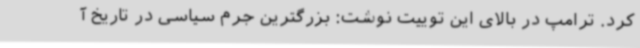
کرد. ترامپ در بالای این توییت نوشت: بزرگترین جرم سیاسی در تاریخ آ